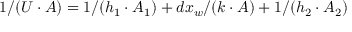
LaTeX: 1 / ( U \cdot A ) = 1 / ( h _ { 1 } \cdot A _ { 1 } ) + d x _ { w } / ( k \cdot A ) + 1 / ( h _ { 2 } \cdot A _ { 2 } )